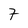
Character: 7